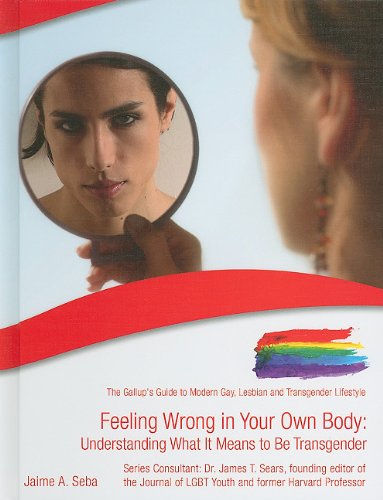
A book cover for Feeling Wrong in Your Own Body: Understanding What It Means to Be Transgender (Gallup's Guide to Modern Gay, Lesbian and Transgender Lifestyle); Jaime A. Seba; Teen & Young Adult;